画像に写った文字を読んでください
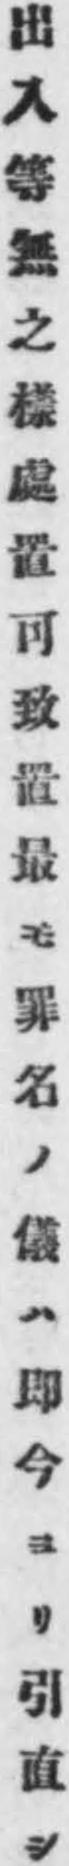
「出入等無之樣處置可致置最モ罪名ノ儀ハ即今ヨリ引直シ」と書いてあります